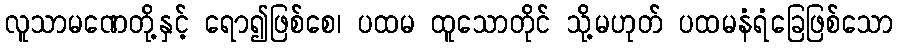
လူသာမဏေတို့နှင့် ရော၍ဖြစ်စေ၊ ပထမ ထူသောတိုင် သို့မဟုတ် ပထမနံရံခြေဖြစ်သော